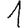
Digit: 1